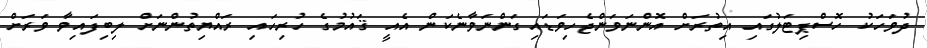
ދުވަހަކު ހޮސްޕިޓަލުގައި އިތުރަށް އޮންނަވަންޖެހިވަޑައިގަންނަވާނެކަން އެއީ ޤައުމުގެ ހުރިހައި ރައްޔިތުންނަށް ލިބިފައިވާ ވަރަށް